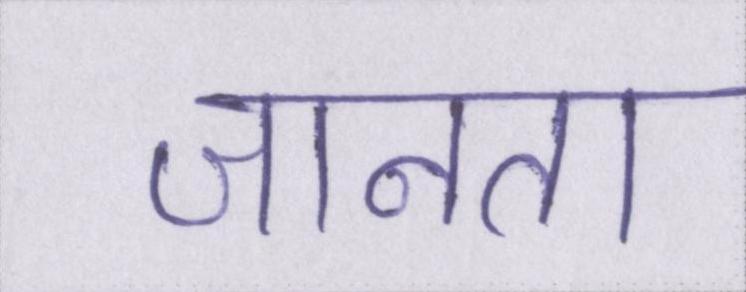
जानता